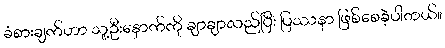
ခံစားချက်ဟာ သူ့ဦးနှောက်ကို ချာချာလည်ပြီး ပြဿနာ ဖြစ်စေခဲ့ပါတယ်။